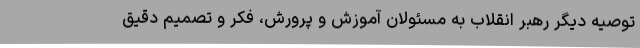
توصیه دیگر رهبر انقلاب به مسئولان آموزش و پرورش، فکر و تصمیم دقیق